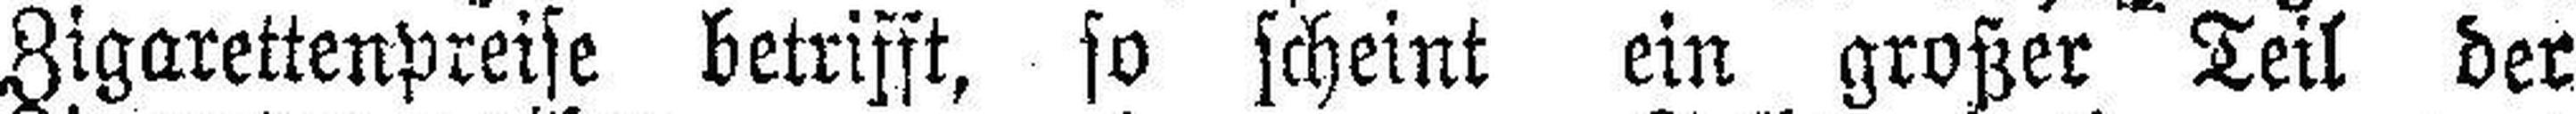
Zigarettenpreise betrifft, so scheint ein großer Teil der